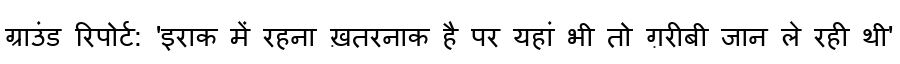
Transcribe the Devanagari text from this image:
ग्राउंड रिपोर्ट: 'इराक में रहना ख़तरनाक है पर यहां भी तो ग़रीबी जान ले रही थी'